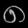
Digit: ၈